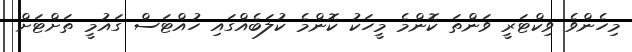
މިހެންވެ ވިކްޓަރީ ވަންތަ ކޮންމެ މީހަކު ކޮންމެ ކުލަބެއްގައި ހުއްޓަސް ގައުމީ ތަށްޓަށް